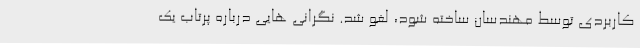
کاربردی توسط مهندسان ساخته شود، لغو شد. نگرانی هایی درباره پرتاب یک